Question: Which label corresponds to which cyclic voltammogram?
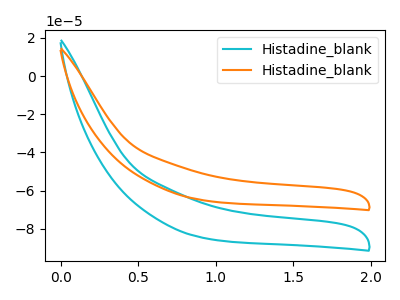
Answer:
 <answer>The cyan curve is labeled "Histadine_blank1". The orange curve is labeled "Histadine_blank2".</answer>
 <eval></eval>